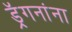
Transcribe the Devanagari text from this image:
ड्रॅगनांना